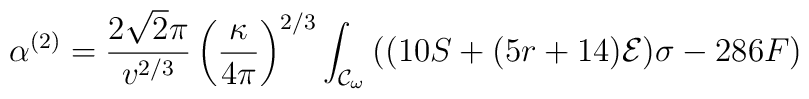
\alpha^{(2)}=\frac{2\sqrt{2}\pi}{v^{2/3}}\left(\frac{\kappa}{4\pi}\right)^{2/3}\int_{{\cal{C}}_{\omega}}{((10S+(5r+14){\cal{E}})\sigma-286F)}